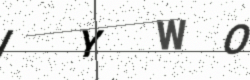
Text: IYWO